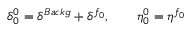
\delta _ { 0 } ^ { 0 } = \delta ^ { B a c k g } + \delta ^ { f _ { 0 } } , \qquad \eta _ { 0 } ^ { 0 } = \eta ^ { f _ { 0 } }